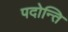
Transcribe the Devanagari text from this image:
पदोन्ति